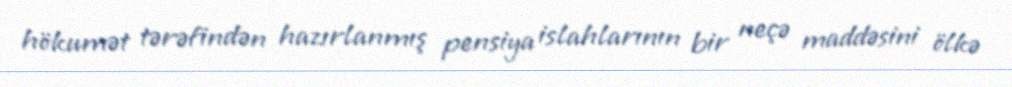
hökumət tərəfindən hazırlanmış pensiya islahlarının bir neçə maddəsini ölkə